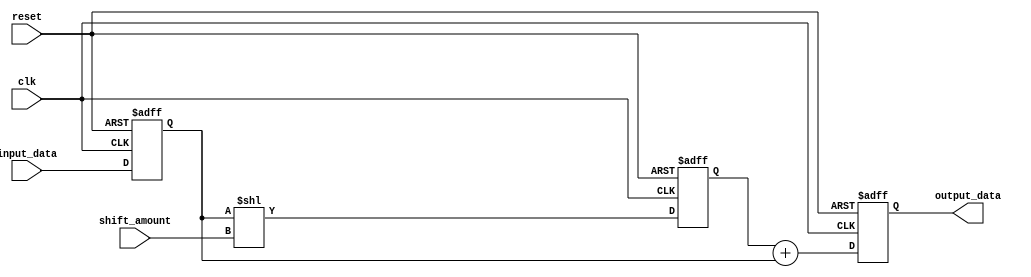
module FixedPointShiftRegister (
    input wire clk,
    input wire reset,
    input wire [31:0] input_data,
    input wire [3:0] shift_amount,
    output wire [31:0] output_data
);

reg [31:0] data_reg;
reg [31:0] shifted_data;
reg [31:0] output_reg;

always @ (posedge clk or posedge reset) begin
    if (reset) begin
        data_reg <= 32'h0;
        shifted_data <= 32'h0;
        output_reg <= 32'h0;
    end else begin
        data_reg <= input_data;
        
        // Shift data based on shift amount
        shifted_data <= data_reg << shift_amount;
        
        // Perform addition/subtraction operation
        output_reg <= shifted_data + data_reg;
    end
end

assign output_data = output_reg;

endmodule